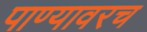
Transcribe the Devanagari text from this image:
पाण्यावरच